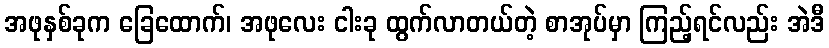
အဖုနှစ်ခုက ခြေထောက်၊ အဖုလေး ငါးခု ထွက်လာတယ်တဲ့ စာအုပ်မှာ ကြည့်ရင်လည်း အဲဒီ